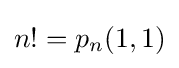
n!=p_{n}(1,1)